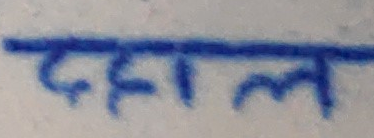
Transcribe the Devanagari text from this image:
दहाल